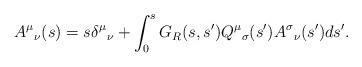
LaTeX: \begin{align*}A^\mu{}_\nu(s) = s \delta^\mu{}_\nu + \int_0^s G_R(s,s') Q^\mu{}_\sigma(s') A^\sigma{}_\nu(s') ds'.\end{align*}